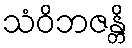
သံဝိဘဇန္တိ